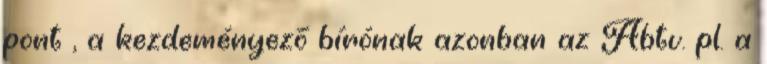
pont , a kezdeményező bírónak azonban az Abtv. pl. a